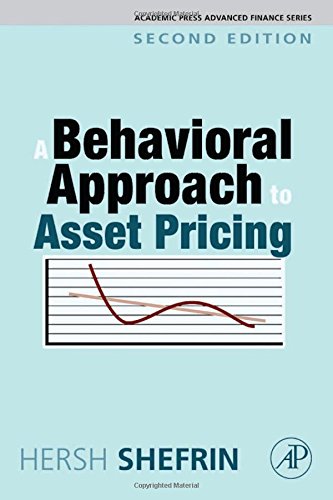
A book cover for A Behavioral Approach to Asset Pricing, Second Edition (Academic Press Advanced Finance); Hersh Shefrin; Business & Money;